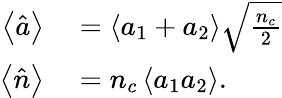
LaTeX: \begin{array}{rl}{\left\langle\hat{a}\right\rangle}&{{}=\left\langle a_{1}+a_{2}\right\rangle\sqrt{\frac{n_{c}}{2}}}\\ {\left\langle\hat{n}\right\rangle}&{{}=n_{c}\left\langle a_{1}a_{2}\right\rangle.}\end{array}